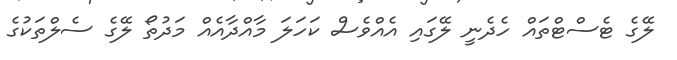
ލޭގެ ޓެސްޓްތައް ހެދެނީ ލޭގައި އެއްވެސް ކަހަލަ މާއްދާއެއް މަދުތޯ ލޭގެ ސެލްތަކުގެ